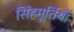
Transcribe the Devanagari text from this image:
सिंहमूर्तियाँ